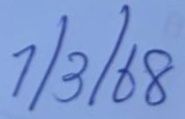
1/3/68